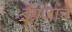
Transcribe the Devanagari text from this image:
ईंग्रजांचे